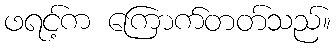
ဖရင့်က ကြောက်တတ်သည်။